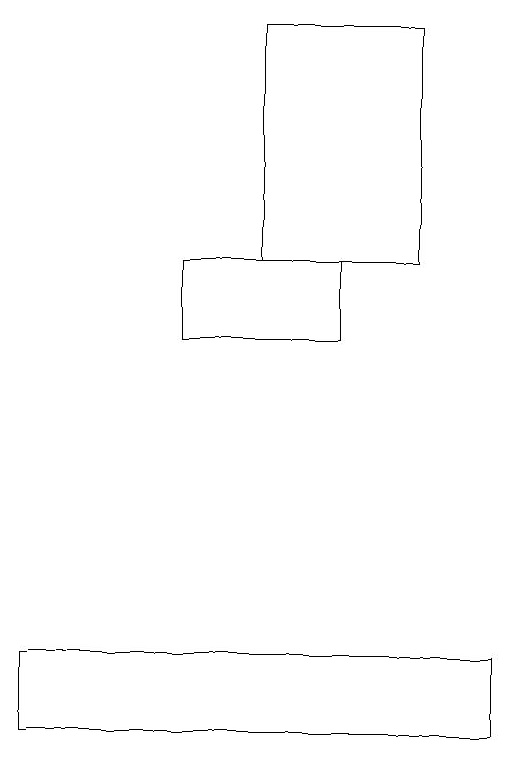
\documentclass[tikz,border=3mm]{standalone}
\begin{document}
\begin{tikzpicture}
\draw (2,11) rectangle (8,10);
\draw (7,16) rectangle (5,19);
\draw (6,16) rectangle (4,15);
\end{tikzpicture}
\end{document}